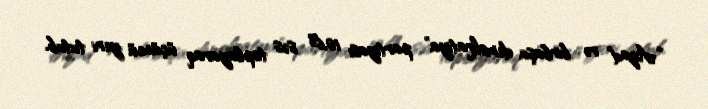
“Azad və birbaşa demokratiya” partiyası 10,6% səs toplayaraq üçüncü yeri tutub.